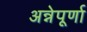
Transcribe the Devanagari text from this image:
अन्नेपूर्णा